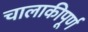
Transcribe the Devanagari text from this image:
चालाकीपूर्ण